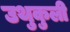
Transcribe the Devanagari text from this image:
उथुकुली